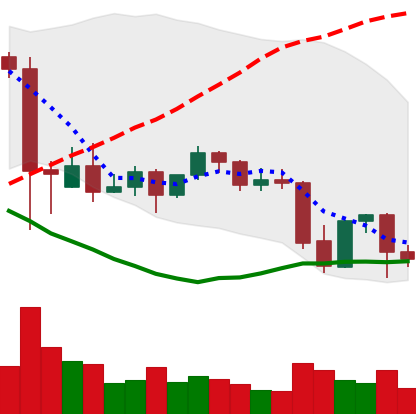
Ticker: BNB-USD
Chart end date: 2021-09-25
Forward return: 10.626%
Label: up_7plus